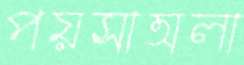
পয়সাঅলা